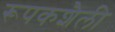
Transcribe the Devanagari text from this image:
रूपकशैली